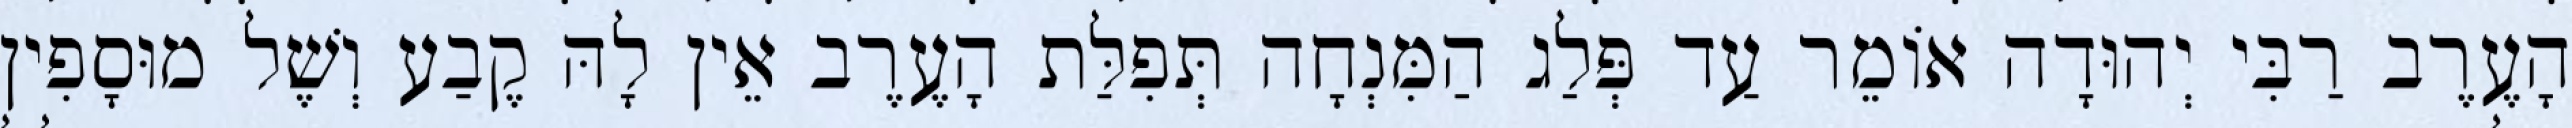
הָעֶרֶב רַבִּי יְהוּדָה אוֹמֵר עַד פְּלַג הַמִּנְחָה תְּפִלַּת הָעֶרֶב אֵין לָהּ קֶבַע וְשֶׁל מוּסָפִין